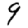
Digit: 9